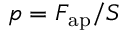
p = F _ { \mathrm { a p } } / S